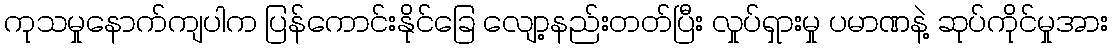
ကုသမှုနောက်ကျပါက ပြန်ကောင်းနိုင်ခြေ လျော့နည်းတတ်ပြီး လှုပ်ရှားမှု ပမာဏနဲ့ ဆုပ်ကိုင်မှုအား